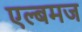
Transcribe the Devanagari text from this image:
एल्बमज